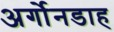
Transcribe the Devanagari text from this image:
अर्गोनडाह